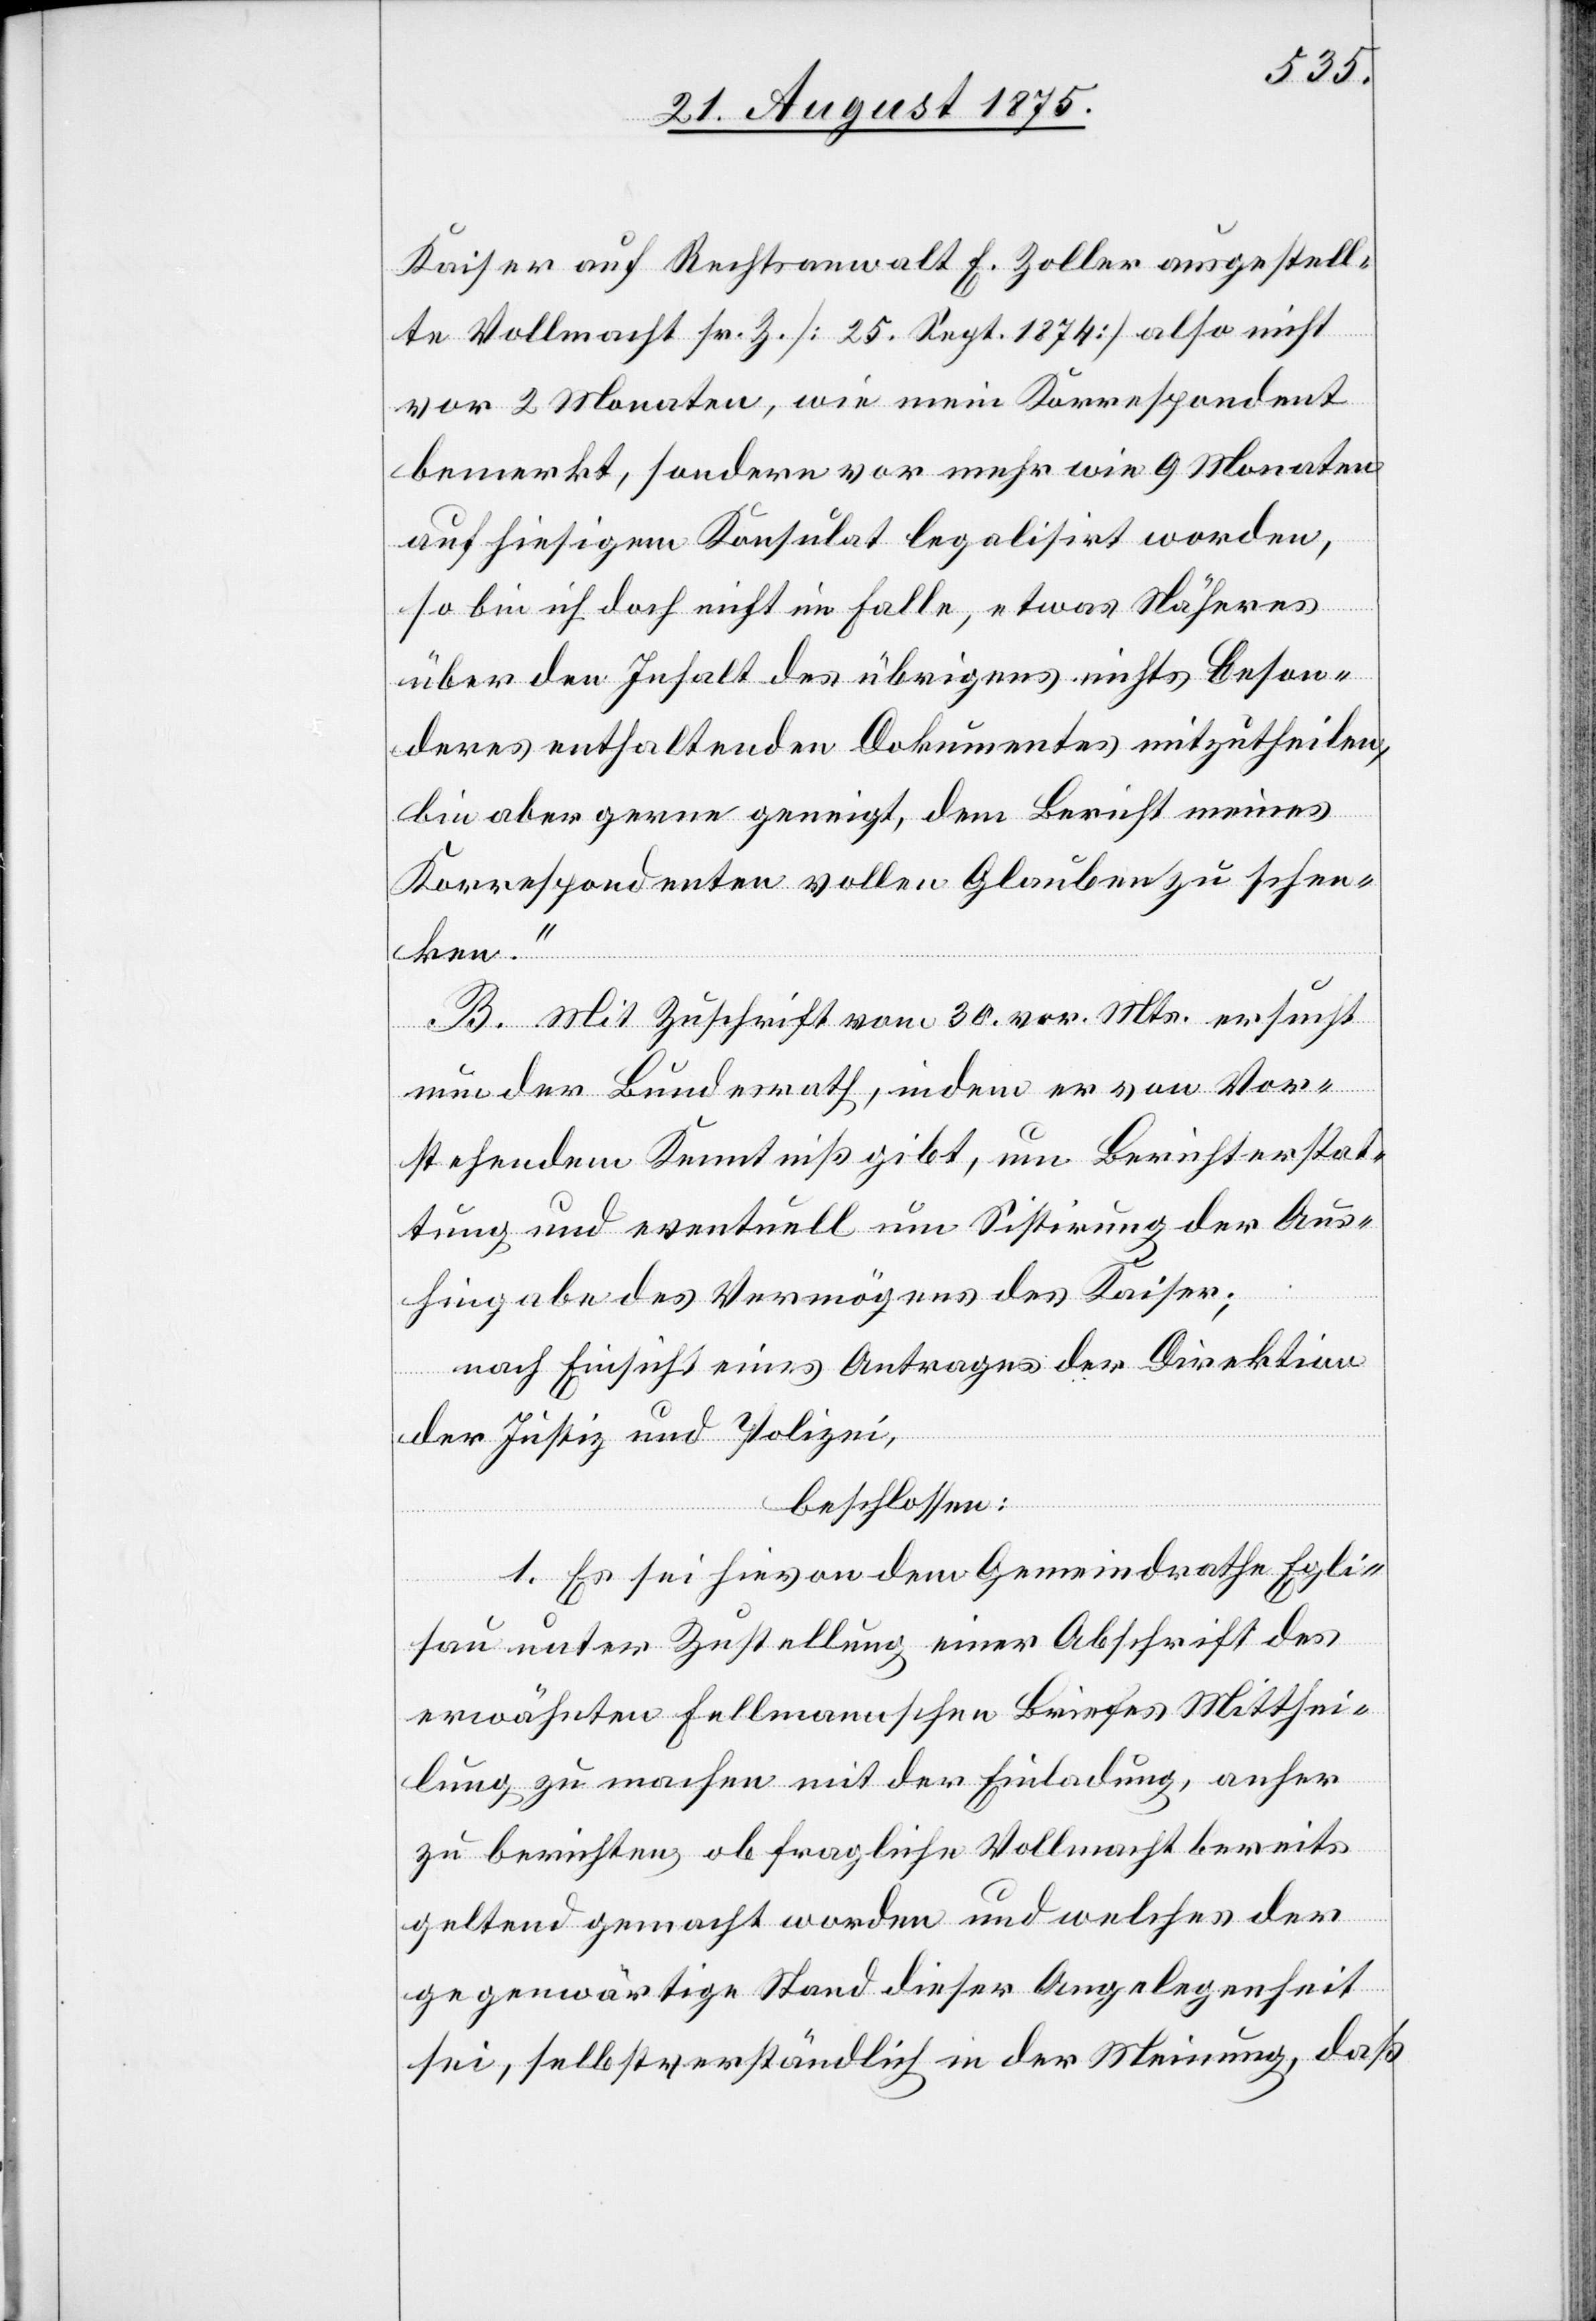
Kaiser auf Rechtsanwalt F. Zoller ausgestell¬
te Vollmacht sr. Zt. [25. Sept. 1874] also nicht
vor 2 Monaten, wie mein Korrespondent
bemerkt, sondern vor mehr wie 9 Monaten
auf hiesigem Konsulat legalisirt worden,
so bin ich doch nicht im Falle, etwas Näheres
über den Inhalt des übrigens nichts beson¬
deres enthaltenden Dokumentes mitzutheilen,
bin aber gerne geneigt, dem Bericht meines
Korrespondenten vollen Glauben zu schen¬
ken.“
B. Mit Zuschrift vom 30. vor. Mts. ersucht
nun der Bundesrath, indem er von Vor¬
stehendem Kenntniß gibt, um Berichterstat¬
tung und eventuell um Sistirung der Aus¬
hingabe des Vermögens des Kaiser;
nach Einsicht eines Antrages der Direktion
der Justiz und Polizei,
beschlossen:
1. Es sei hievon dem Gemeindrathe Egli¬
sau unter Zustellung einer Abschrift des
erwähnten Fellmannschen Briefes Mitthei¬
lung zu machen mit der Einladung, anher
zu berichten, ob fragliche Vollmacht bereits
geltend gemacht worden und welches der
gegenwärtige Stand dieser Angelegenheit
sei, selbstverständlich in der Meinung, daß